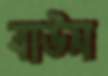
বাউস